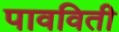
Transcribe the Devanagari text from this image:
पावविती